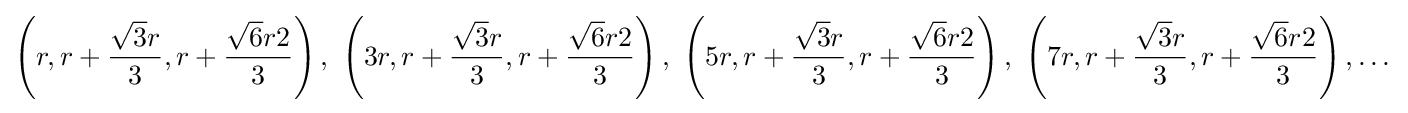
\left(r,r+{\frac {{\sqrt {3}}r}{3}},r+{\frac {{\sqrt {6}}r2}{3}}\right),\ \left(3r,r+{\frac {{\sqrt {3}}r}{3}},r+{\frac {{\sqrt {6}}r2}{3}}\right),\ \left(5r,r+{\frac {{\sqrt {3}}r}{3}},r+{\frac {{\sqrt {6}}r2}{3}}\right),\ \left(7r,r+{\frac {{\sqrt {3}}r}{3}},r+{\frac {{\sqrt {6}}r2}{3}}\right),\dots